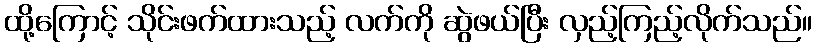
ထို့ကြောင့် သိုင်းဖက်ထားသည့် လက်ကို ဆွဲဖယ်ပြီး လှည့်ကြည့်လိုက်သည်။